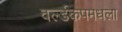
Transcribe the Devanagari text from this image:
वर्ल्डकपमधला